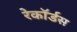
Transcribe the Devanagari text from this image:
रेकॉर्डस